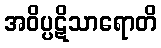
အဝိပ္ပဋိသာရောတိ